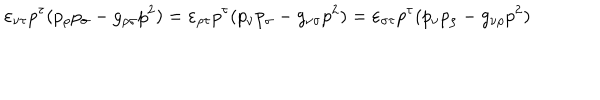
\varepsilon _ { \nu \tau } p ^ { \tau } ( p _ { \rho } p _ { \sigma } - g _ { \rho \sigma } p ^ { 2 } ) = \varepsilon _ { \rho \tau } p ^ { \tau } ( p _ { \nu } p _ { \sigma } - g _ { \nu \sigma } p ^ { 2 } ) = \varepsilon _ { \sigma \tau } p ^ { \tau } ( p _ { \nu } p _ { \rho } - g _ { \nu \rho } p ^ { 2 } )